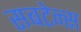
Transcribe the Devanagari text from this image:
सबटेन्स